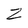
Character: Z